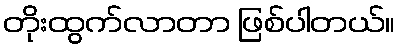
တိုးထွက်လာတာ ဖြစ်ပါတယ်။